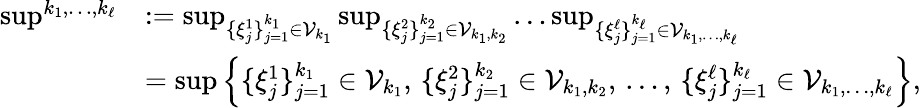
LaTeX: \begin{array}{rl}{{\operatorname*{sup}}^{k_{1},\dots,k_{\ell}}}&{:=\operatorname*{sup}_{\{ \xi_{j}^{1}\} _{j=1}^{k_{1}}\in\mathcal{V}_{k_{1}}}\operatorname*{sup}_{\{ \xi_{j}^{2}\} _{j=1}^{k_{2}}\in\mathcal{V}_{k_{1},k_{2}}}\dots\operatorname*{sup}_{\{ \xi_{j}^{\ell}\} _{j=1}^{k_{\ell}}\in\mathcal{V}_{k_{1},\dots,k_{\ell}}}}\\ &{=\operatorname*{sup}\Big\{ \{ \xi_{j}^{1}\} _{j=1}^{k_{1}}\in\mathcal{V}_{k_{1}},\, \{ \xi_{j}^{2}\} _{j=1}^{k_{2}}\in\mathcal{V}_{k_{1},k_{2}},\, \dots,\, \{ \xi_{j}^{\ell}\} _{j=1}^{k_{\ell}}\in\mathcal{V}_{k_{1},\dots,k_{\ell}}\Big\} ,}\end{array}